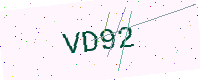
Text: VD92